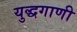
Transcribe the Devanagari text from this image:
युद्धगाणी